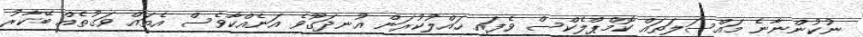
ނުކުންނާނެ މައްސަލަތައް ކޮމްޕްލެކްސް ވެފައި ހައްލުކުރަން އުނދަގޫވެ އަނެއްކާވެސް އެތައް ވަގުތެއް ބޭކާރު